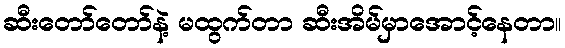
ဆီးတော်တော်နဲ့ မထွက်တာ ဆီးအိမ်မှာအောင့်နေတာ။